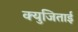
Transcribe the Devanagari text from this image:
क्युजिताई